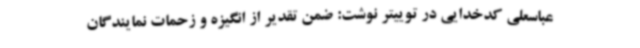
عباسعلی کدخدایی در توییتر نوشت: ضمن تقدیر از انگیزه و زحمات نمایندگان